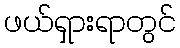
ဖယ်ရှားရာတွင်